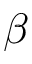
\beta